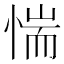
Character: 惴